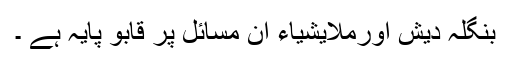
بنگلہ دیش اورملایشیاء ان مسائل پر قابو پایہ ہے ۔